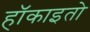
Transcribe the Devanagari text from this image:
हॉकाइतो